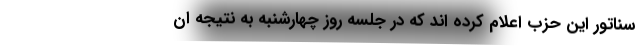
سناتور این حزب اعلام کرده اند که در جلسه روز چهارشنبه به نتیجه ان